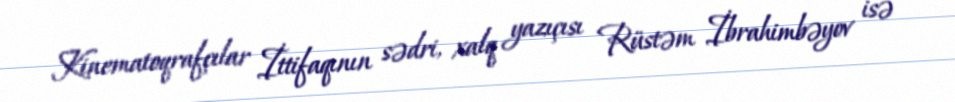
Kinematoqrafçılar İttifaqının sədri, xalq yazıçısı Rüstəm İbrahimbəyov isə